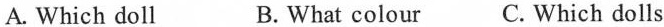
A. Which doll B. What colour C. Which dolls